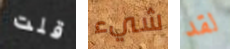
قلت شيء لقد